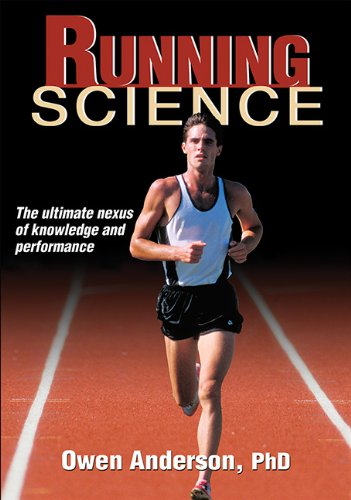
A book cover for Running Science; Owen Anderson; Sports & Outdoors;